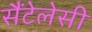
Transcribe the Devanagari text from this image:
सैंटेलेसी